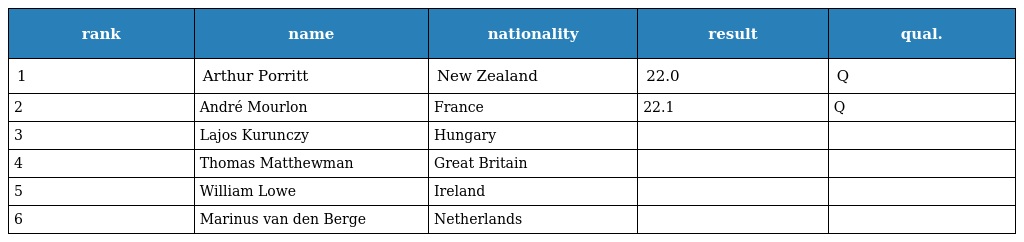
| rank | name | nationality | result | qual. |
 | --- | --- | --- | --- | --- |
 | 1 | Arthur Porritt | New Zealand | 22.0 | Q |
 | 2 | André Mourlon | France | 22.1 | Q |
 | 3 | Lajos Kurunczy | Hungary |  |  |
 | 4 | Thomas Matthewman | Great Britain |  |  |
 | 5 | William Lowe | Ireland |  |  |
 | 6 | Marinus van den Berge | Netherlands |  |  |